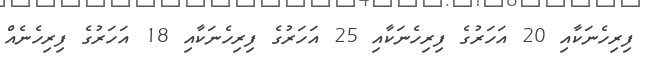
ފިރިހެނަކާއި 20 އަހަރުގެ ފިރިހެނަކާއި 25 އަހަރުގެ ފިރިހެނަކާއި 18 އަހަރުގެ ފިރިހެނެއް